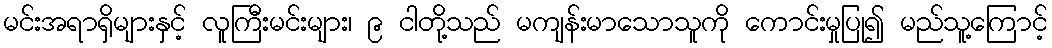
မင်းအရာရှိများနှင့် လူကြီးမင်းများ၊ ၉ ငါတို့သည် မကျန်းမာသောသူကို ကောင်းမှုပြု၍ မည်သူ့ကြောင့်